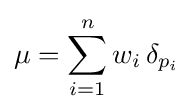
\mu =\sum _{i=1}^{n}w_{i}\,\delta _{p_{i}}